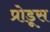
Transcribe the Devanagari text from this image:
प्रोडूस